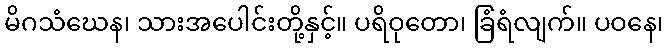
မိဂသံဃေန၊ သားအပေါင်းတို့နှင့်။ ပရိဝုတော၊ ခြံရံလျက်။ ပဝနေ၊